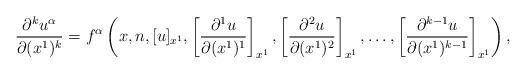
LaTeX: \begin{align*}\frac{\partial^k u^{\alpha}}{\partial (x^1)^k}=f^{\alpha}\left(x,n,[u]_{x^1},\left[\frac{\partial^1 u}{\partial (x^1)^1}\right]_{x^1},\left[\frac{\partial^2 u}{\partial (x^1)^2}\right]_{x^1},\ldots,\left[\frac{\partial^{k-1} u}{\partial (x^1)^{k-1}}\right]_{x^1}\right),\end{align*}